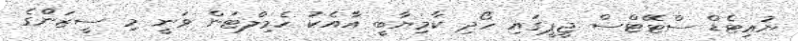
ޔުައިޓެޑް ސްޓޭޓްސް ޖީޕީގައި ހޯދި ކާމިޔާބީ އާއެކު ހެމިލްޓަން ވަނީ މި ސީޒަންްގެ